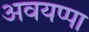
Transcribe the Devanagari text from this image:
अवयप्पा